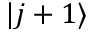
| j + 1 \rangle